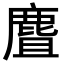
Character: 麆